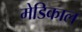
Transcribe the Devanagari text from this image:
मेडिकाल